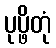
ပုပ္ဖိတုံ